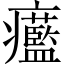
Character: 𤼓